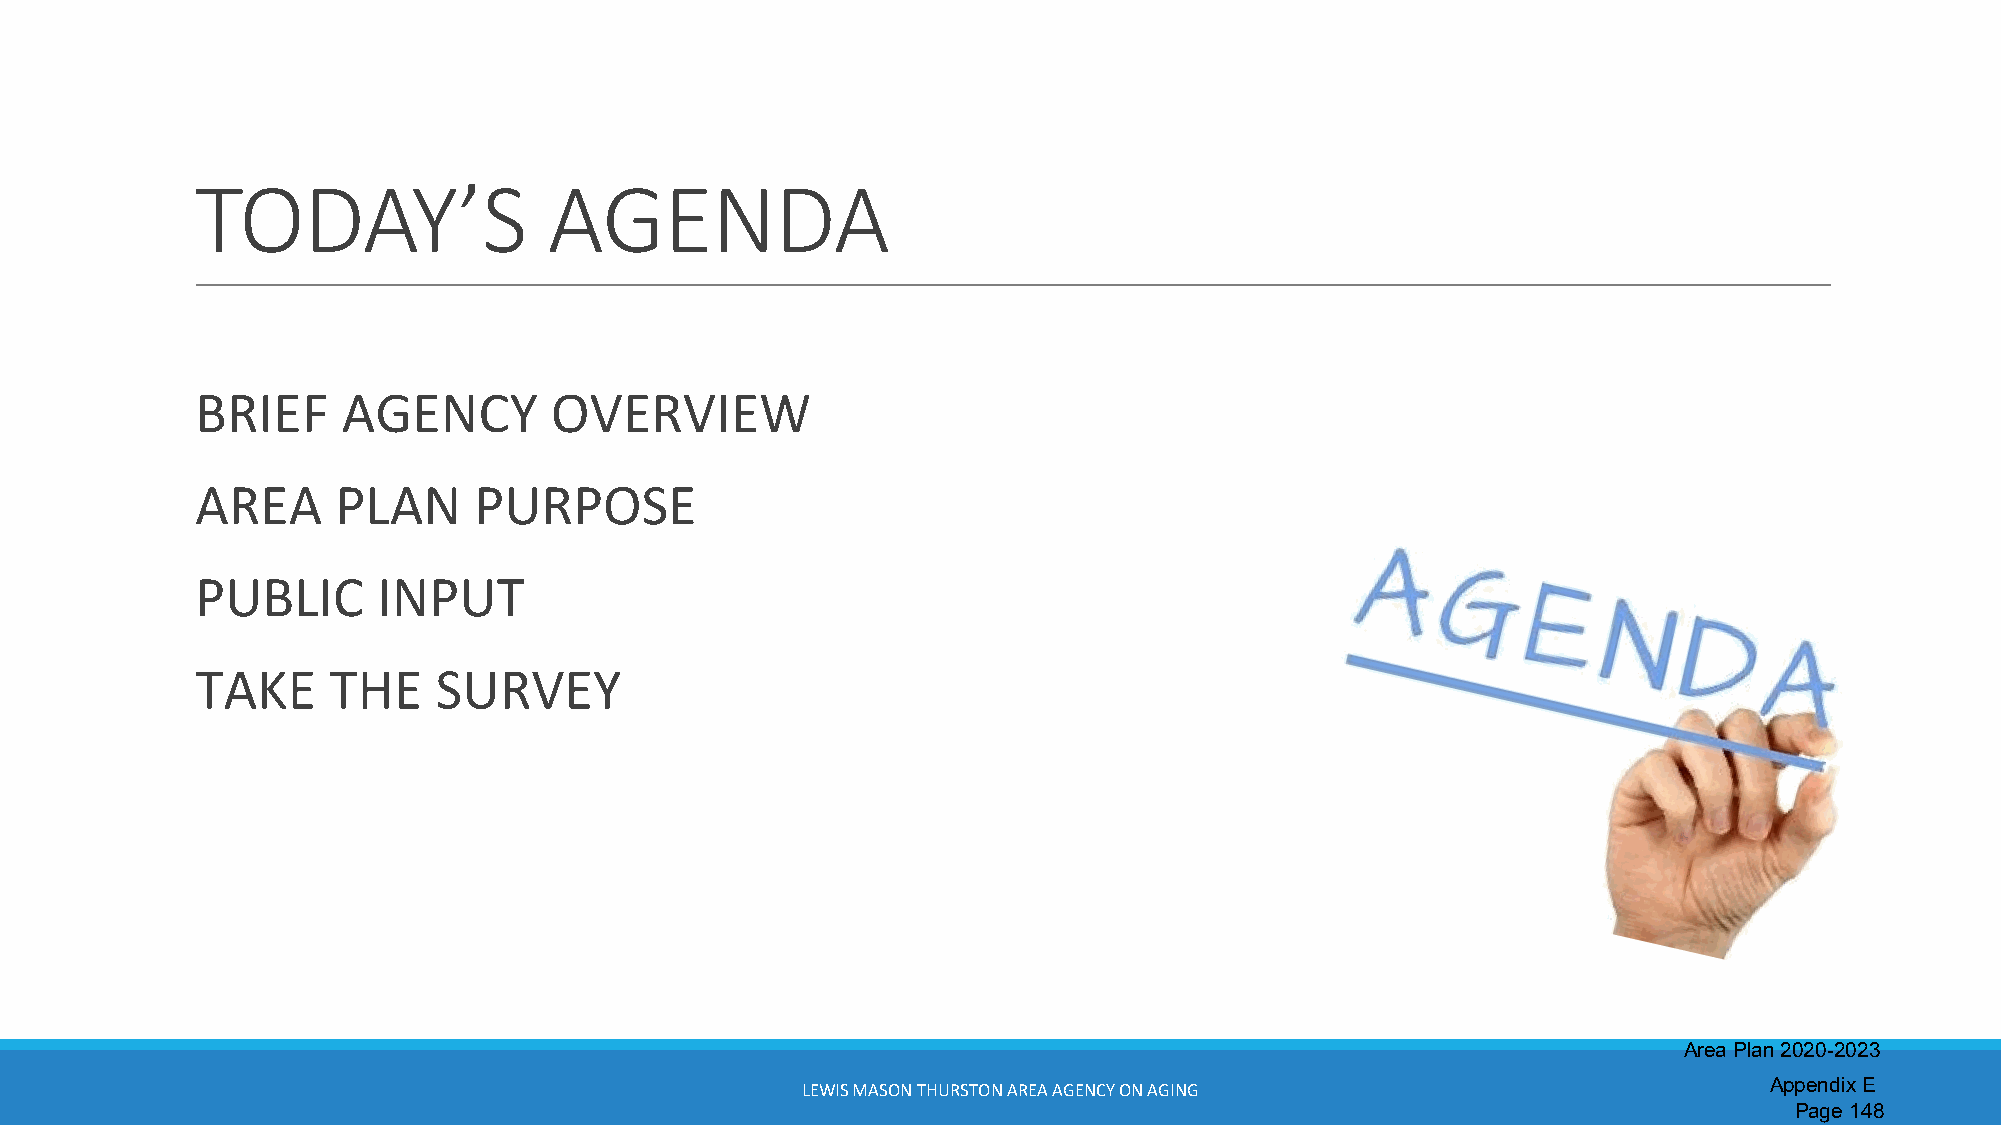
TODAY’S                AGENDA
 BRIEF     AGENCY       OVERVIEW
 AREA     PLAN     PURPOSE
 PUBLIC      INPUT
 TAKE     THE    SURVEY
 Area Plan 2020-2023
 LEWIS MASON THURSTON AREA AGENCY ON AGING                       Appendix E
 Page 148